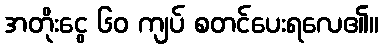
အတိုးငွေ ၆၀ ကျပ် စတင်ပေးရလေ၏။